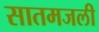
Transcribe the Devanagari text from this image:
सातमजली